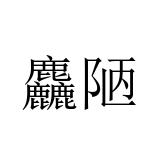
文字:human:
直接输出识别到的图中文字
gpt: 麤陋